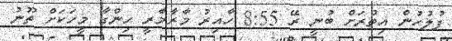
ފުލުހުން އިތުރަށް ބުނީ ރޭ 8:55 ހާއިރު މާރާމާރީ ހިންގާ މީހަކަށް ތޫނު